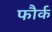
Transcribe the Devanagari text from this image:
फौर्क